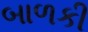
બાળકી